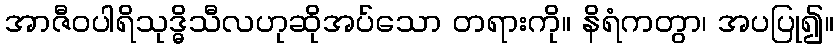
အာဇီဝပါရိသုဒ္ဓိသီလဟုဆိုအပ်သော တရားကို။ နိရံကတွာ၊ အပပြု၍။